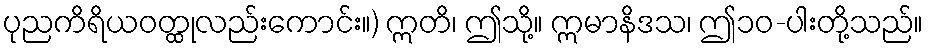
ပုညကိရိယဝတ္ထုလည်းကောင်း။) ဣတိ၊ ဤသို့။ ဣမာနိဒသ၊ ဤ၁၀-ပါးတို့သည်။